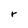
Character: r